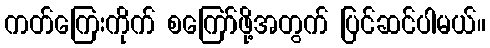
ကတ်ကြေးကိုက် စကြော်ဖို့အတွက် ပြင်ဆင်ပါမယ်။